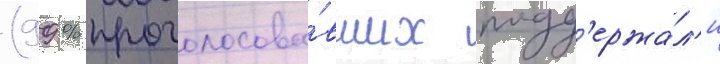
(99 % проголосова́вших подд'ержа́л'и